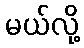
မယ်လို့